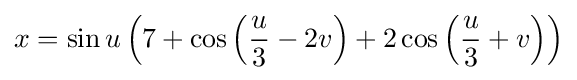
x=\sin u\left(7+\cos \left({u \over 3}-2v\right)+2\cos \left({u \over 3}+v\right)\right)